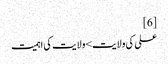
[6]
علی کی ولایت>ولایت کی اہمیت